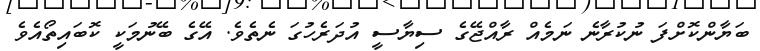
ބަޔާންކޮށްފަ ނުކުރާނެ ނަމެއް ރާއްޖޭގެ ސިޔާސީ އުދަރެހުގަ ނެތެވެ. އޭގެ ބޭނުމަކީ ކޮބައިތޯއެވެ